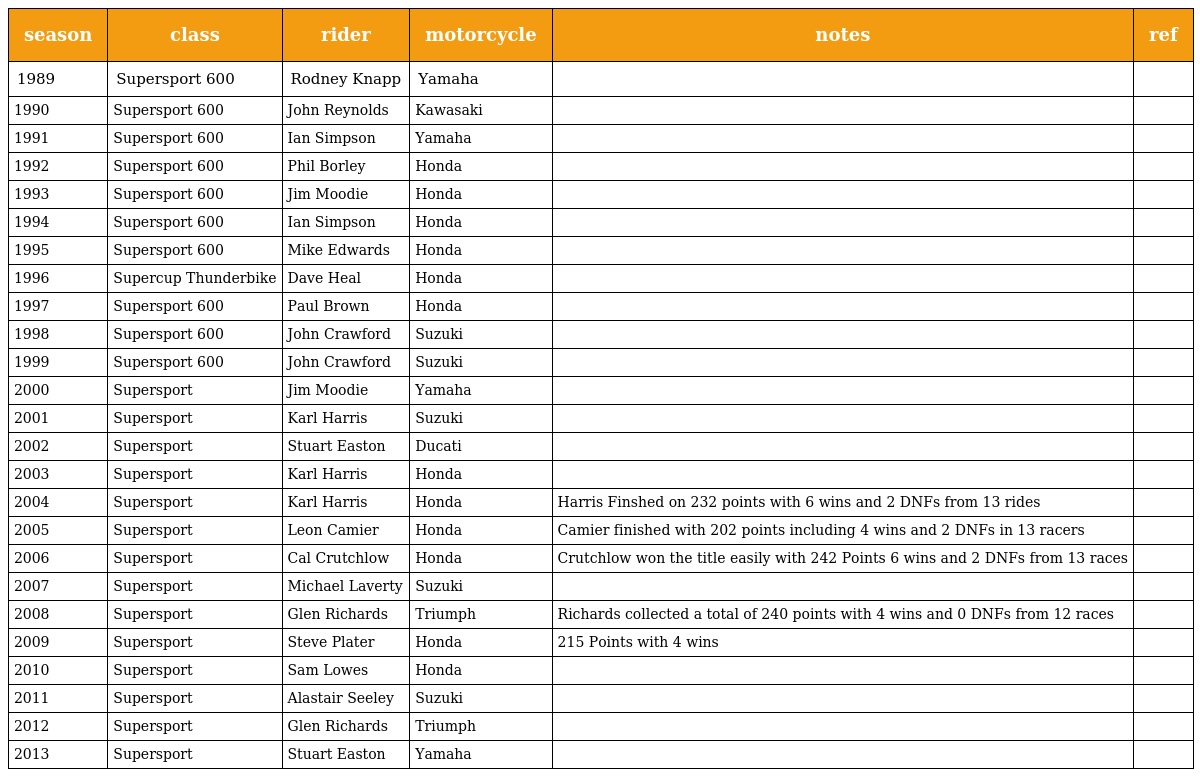
| season | class | rider | motorcycle | notes | ref |
 | --- | --- | --- | --- | --- | --- |
 | 1989 | Supersport 600 | Rodney Knapp | Yamaha |  |  |
 | 1990 | Supersport 600 | John Reynolds | Kawasaki |  |  |
 | 1991 | Supersport 600 | Ian Simpson | Yamaha |  |  |
 | 1992 | Supersport 600 | Phil Borley | Honda |  |  |
 | 1993 | Supersport 600 | Jim Moodie | Honda |  |  |
 | 1994 | Supersport 600 | Ian Simpson | Honda |  |  |
 | 1995 | Supersport 600 | Mike Edwards | Honda |  |  |
 | 1996 | Supercup Thunderbike | Dave Heal | Honda |  |  |
 | 1997 | Supersport 600 | Paul Brown | Honda |  |  |
 | 1998 | Supersport 600 | John Crawford | Suzuki |  |  |
 | 1999 | Supersport 600 | John Crawford | Suzuki |  |  |
 | 2000 | Supersport | Jim Moodie | Yamaha |  |  |
 | 2001 | Supersport | Karl Harris | Suzuki |  |  |
 | 2002 | Supersport | Stuart Easton | Ducati |  |  |
 | 2003 | Supersport | Karl Harris | Honda |  |  |
 | 2004 | Supersport | Karl Harris | Honda | Harris Finshed on 232 points with 6 wins and 2 DNFs from 13 rides |  |
 | 2005 | Supersport | Leon Camier | Honda | Camier finished with 202 points including 4 wins and 2 DNFs in 13 racers |  |
 | 2006 | Supersport | Cal Crutchlow | Honda | Crutchlow won the title easily with 242 Points 6 wins and 2 DNFs from 13 races |  |
 | 2007 | Supersport | Michael Laverty | Suzuki |  |  |
 | 2008 | Supersport | Glen Richards | Triumph | Richards collected a total of 240 points with 4 wins and 0 DNFs from 12 races |  |
 | 2009 | Supersport | Steve Plater | Honda | 215 Points with 4 wins |  |
 | 2010 | Supersport | Sam Lowes | Honda |  |  |
 | 2011 | Supersport | Alastair Seeley | Suzuki |  |  |
 | 2012 | Supersport | Glen Richards | Triumph |  |  |
 | 2013 | Supersport | Stuart Easton | Yamaha |  |  |